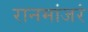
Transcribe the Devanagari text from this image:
रानमांजरं